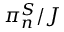
\pi _ { n } ^ { S } / J